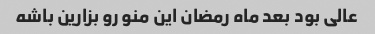
عالی بود بعد ماه رمضان این منو رو بزارین باشه